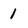
Character: 1